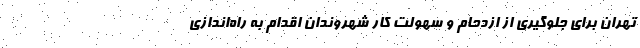
تهران برای جلوگیری از ازدحام و سهولت کار شهروندان اقدام به را‌ه‌اندازی